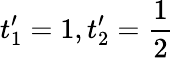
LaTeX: t_{1}^{\prime}=1,t_{2}^{\prime}=\frac{1}{2}